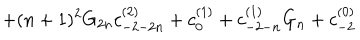
+ ( n + 1 ) ^ { 2 } G _ { 2 n } c _ { - 2 - 2 n } ^ { ( 2 ) } + c _ { 0 } ^ { ( 1 ) } + c _ { - 2 - n } ^ { ( 1 ) } G _ { n } + c _ { - 2 } ^ { ( 0 ) }